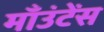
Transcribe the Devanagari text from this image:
माँउंटेंस